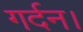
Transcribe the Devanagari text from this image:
गर्दन।